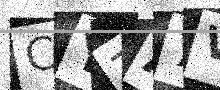
Text: CYZA7V